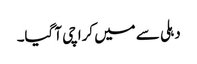
دہلی سے میں کراچی آ گیا۔